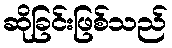
ဆိုခြင်းဖြစ်သည်